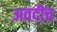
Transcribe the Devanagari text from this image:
अवदीच